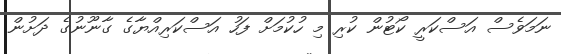
ނަމަވެސް އަސްކަރީ ކޯޓުން ކުރި މި ހުކުމަށް ފަހު އަސްކަރިއްޔާގެ ގާނޫނުގެ ދަށުން